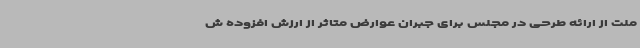
ملت از ارائه طرحی در مجلس برای جبران عوارض متاثر از ارزش افزوده ش